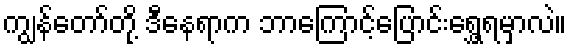
ကျွန်တော်တို့ ဒီနေရာက ဘာကြောင့်ပြောင်းရွှေ့ရမှာလဲ။